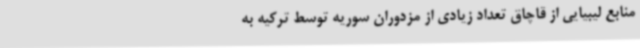
منابع لیبیایی از قاچاق تعداد زیادی از مزدوران سوریه توسط ترکیه به